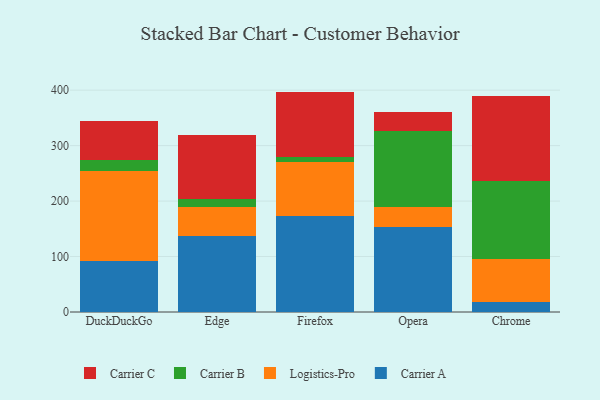
{"axis": {"x": "Browser", "y": "Shipments"}, "legend": ["Carrier A", "Carrier B", "Carrier C", "Logistics-Pro"], "data": [{"x": "DuckDuckGo", "y": 92.6, "type": "Carrier A"}, {"x": "DuckDuckGo", "y": 161.1, "type": "Logistics-Pro"}, {"x": "DuckDuckGo", "y": 20.2, "type": "Carrier B"}, {"x": "DuckDuckGo", "y": 70.5, "type": "Carrier C"}, {"x": "Edge", "y": 136.6, "type": "Carrier A"}, {"x": "Edge", "y": 52.0, "type": "Logistics-Pro"}, {"x": "Edge", "y": 15.7, "type": "Carrier B"}, {"x": "Edge", "y": 114.5, "type": "Carrier C"}, {"x": "Firefox", "y": 173.2, "type": "Carrier A"}, {"x": "Firefox", "y": 97.3, "type": "Logistics-Pro"}, {"x": "Firefox", "y": 9.6, "type": "Carrier B"}, {"x": "Firefox", "y": 117.3, "type": "Carrier C"}, {"x": "Opera", "y": 153.6, "type": "Carrier A"}, {"x": "Opera", "y": 35.3, "type": "Logistics-Pro"}, {"x": "Opera", "y": 136.6, "type": "Carrier B"}, {"x": "Opera", "y": 35.4, "type": "Carrier C"}, {"x": "Chrome", "y": 18.7, "type": "Carrier A"}, {"x": "Chrome", "y": 76.0, "type": "Logistics-Pro"}, {"x": "Chrome", "y": 141.8, "type": "Carrier B"}, {"x": "Chrome", "y": 152.6, "type": "Carrier C"}]}